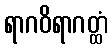
ရာဂဝိရာဂတ္ထံ